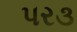
પર૩